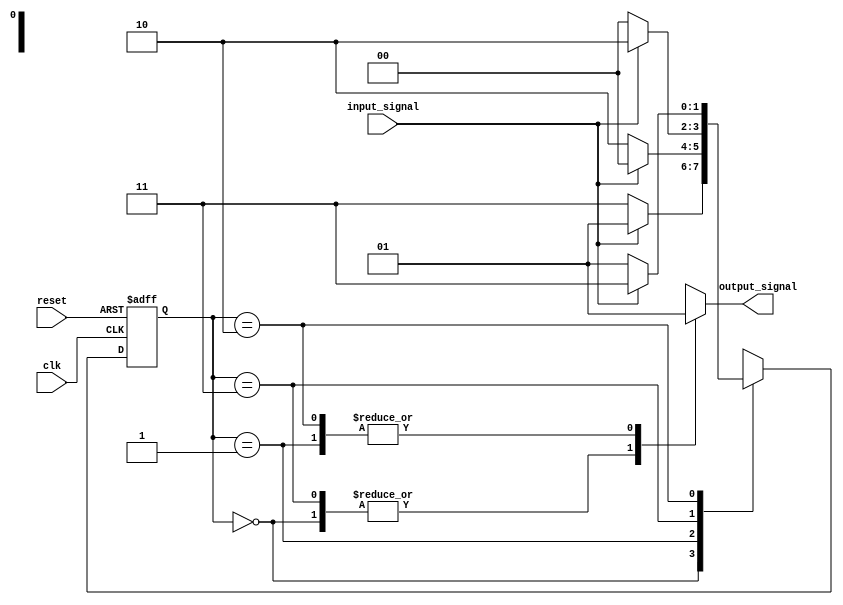
module gray_code_state_machine (
    input wire clk,
    input wire reset,
    input wire input_signal,
    output reg output_signal
);

// Define state encoding using Gray code
parameter S0 = 2'b00;
parameter S1 = 2'b01;
parameter S2 = 2'b11;
parameter S3 = 2'b10;

// Define states and state register
reg [1:0] current_state;
reg [1:0] next_state;

// State machine logic
always @ (posedge clk or posedge reset) begin
    if (reset) begin
        current_state <= S0;
    end else begin
        current_state <= next_state;
    end
end

// State transitions and next state logic
always @ (*) begin
    case (current_state)
        S0:
            begin
                if (input_signal) begin
                    next_state = S1;
                end else begin
                    next_state = S2;
                end
            end
        S1:
            begin
                if (input_signal) begin
                    next_state = S0;
                end else begin
                    next_state = S3;
                end
            end
        S2:
            begin
                if (input_signal) begin
                    next_state = S3;
                end else begin
                    next_state = S0;
                end
            end
        S3:
            begin
                if (input_signal) begin
                    next_state = S2;
                end else begin
                    next_state = S1;
                end
            end
    endcase
end

// Output logic based on current state
always @ (*) begin
    case (current_state)
        S0: output_signal = 1'b0;
        S1: output_signal = 1'b1;
        S2: output_signal = 1'b0;
        S3: output_signal = 1'b1;
    endcase
end

endmodule